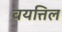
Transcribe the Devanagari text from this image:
वयत्तिल